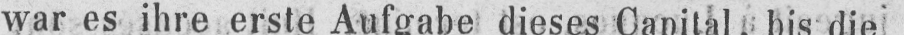
war es ihre erste Aufgabe dieses Capital, bis die